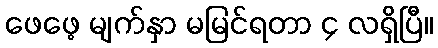
ဖေဖေ့ မျက်နှာ မမြင်ရတာ ၄ လရှိပြီ။